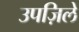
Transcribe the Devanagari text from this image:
उपज़िले